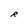
Character: R